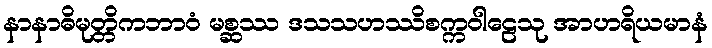
နာနာဓိမုတ္တိကဘာဝံ မစ္ဆဿ ဒသသဟဿိစက္ကဝါဠေသု အာဟရိယမာနံ